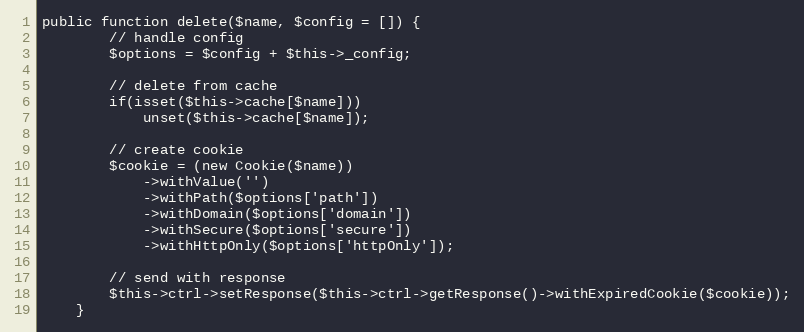
Language: PHP
public function delete($name, $config = []) {
        // handle config
        $options = $config + $this->_config;

        // delete from cache
        if(isset($this->cache[$name]))
            unset($this->cache[$name]);

        // create cookie
        $cookie = (new Cookie($name))
            ->withValue('')
            ->withPath($options['path'])
            ->withDomain($options['domain'])
            ->withSecure($options['secure'])
            ->withHttpOnly($options['httpOnly']);

        // send with response
        $this->ctrl->setResponse($this->ctrl->getResponse()->withExpiredCookie($cookie));
    }